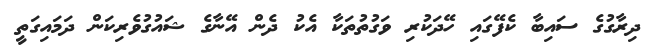
ދިރާގުގެ ސައިބާ ކެފޭގައި ހޭދަކުރި ވަގުތުތަކާ އެކު ދެން އޭނާގެ ޝައުގުވެރިކަން ދަމައިގަތީ